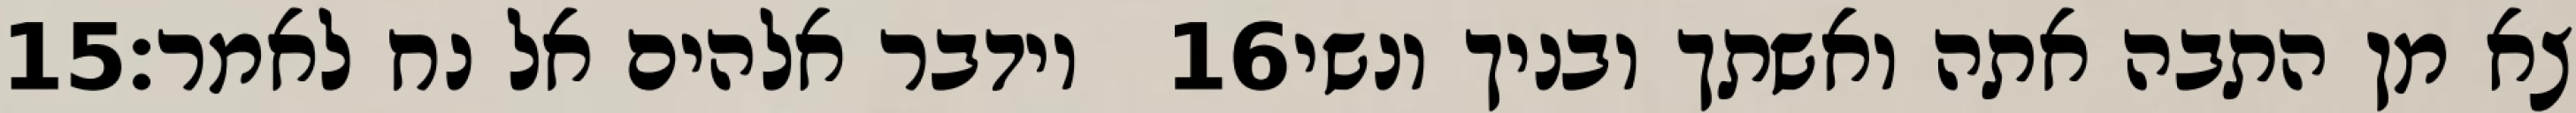
‎15‏ וידבר אלהים אל נח לאמר׃ ‎16‏ צא מן התבה אתה ואשתך ובניך ונשי